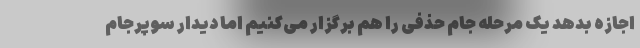
اجازه بدهد یک مرحله جام حذفی را هم برگزار می‌کنیم اما دیدار سوپرجام